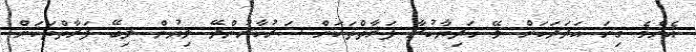
އެންމެ ގިނަ އަދަދަކަށް ލޭ ހަދިޔާކުރާ ފަރާތްތަކަށް ސަރުކާރުންދޭ ލިޔުން ލިބޭ ފަރާތްތަކަށް